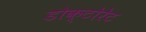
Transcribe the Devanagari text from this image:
डोक्टोरेट